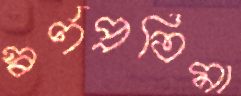
স্বর্ণপ্রতিমা